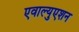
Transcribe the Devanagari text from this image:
एवाल्युएशन